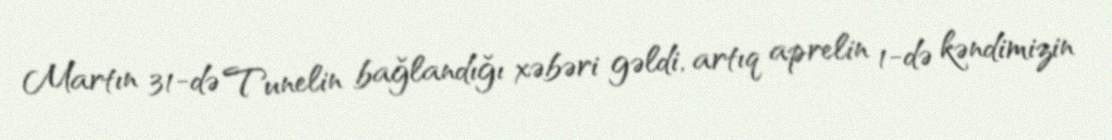
Martın 31-də Tunelin bağlandığı xəbəri gəldi, artıq aprelin 1-də kəndimizin